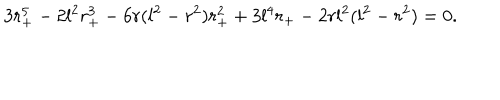
3 r _ { + } ^ { 5 } - 2 l ^ { 2 } r _ { + } ^ { 3 } - 6 r ( l ^ { 2 } - r ^ { 2 } ) r _ { + } ^ { 2 } + 3 l ^ { 4 } r _ { + } - 2 r l ^ { 2 } ( l ^ { 2 } - r ^ { 2 } ) = 0 .